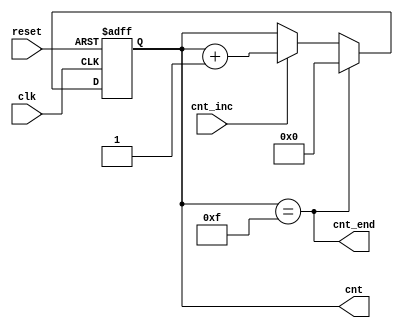
`timescale 1ns / 1ps
//////////////////////////////////////////////////////////////////////////////////
// Company: 
// Engineer: 
// 
// Design Name: 
// Module Name: kb_cnt
// Project Name: 
// Target Devices: 
// Tool Versions: 
// Description: 
// 
// Dependencies: 
// 
// Revision:
// Revision 0.01 - File Created
// Additional Comments:
// 
//////////////////////////////////////////////////////////////////////////////////


module kb_cnt #(
    parameter END=15,
    parameter WIDTH=4
)(
    input clk, 
    input reset, 
    input cnt_inc, 
    output cnt_end, 
    output reg[WIDTH-1:0] cnt
);

assign cnt_end = (cnt == END);

always @(posedge clk, posedge reset) begin
	if (reset) cnt <= 0;
	else if (cnt_end) cnt <= 0;
	else if (cnt_inc) cnt <= cnt + 1;
end

endmodule